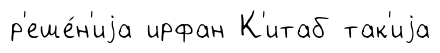
р'еше́н'иjа ирфан К'итаб так'иjа